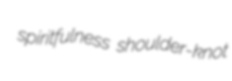
spiritfulness shoulder-knot